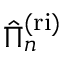
\hat { \Pi } _ { n } ^ { \mathrm { ( r i ) } }